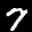
Label: 7